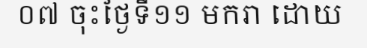
០៧ ចុះថ្ងៃទី១១ មករា ដោយ